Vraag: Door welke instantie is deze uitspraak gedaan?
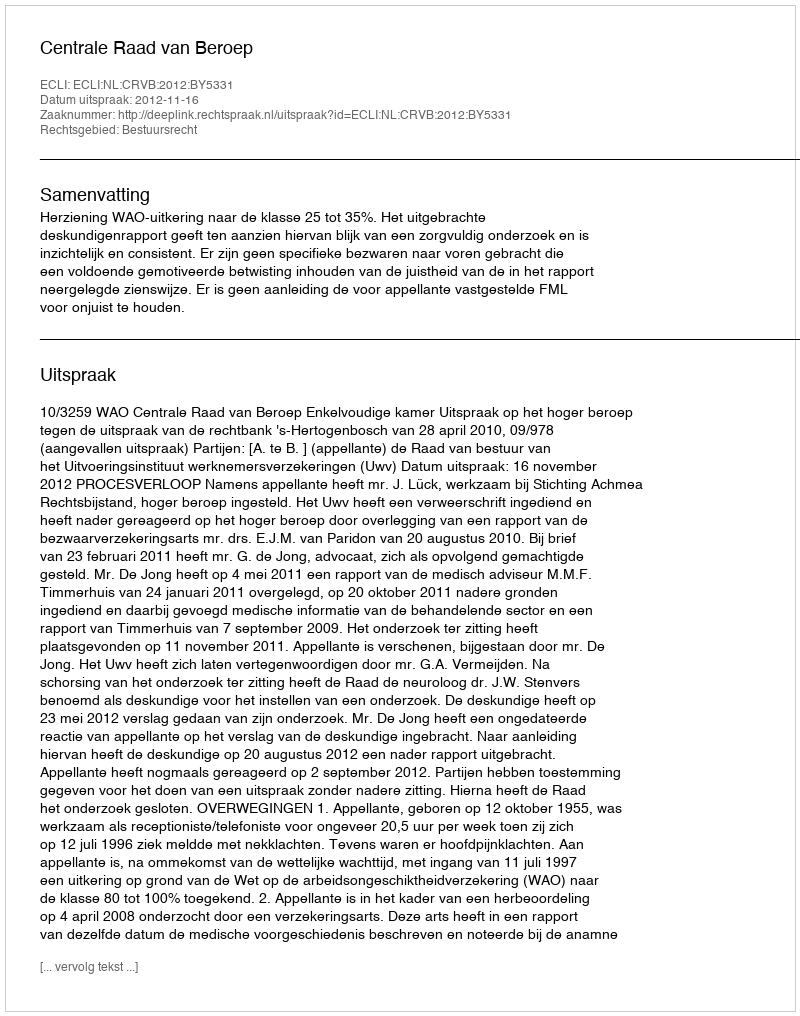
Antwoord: Centrale Raad van Beroep